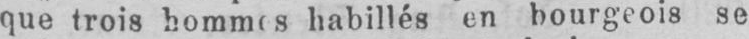
habillés en bourgeois se